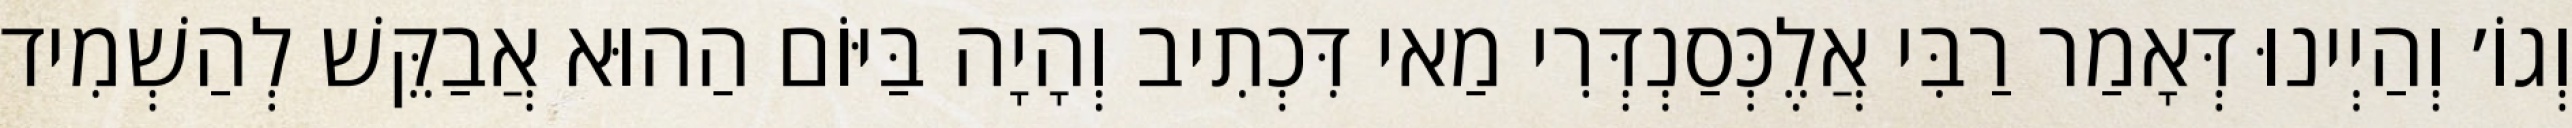
וְגוֹ׳ וְהַיְינוּ דְּאָמַר רַבִּי אֲלֶכְּסַנְדְּרִי מַאי דִּכְתִיב וְהָיָה בַּיּוֹם הַהוּא אֲבַקֵּשׁ לְהַשְׁמִיד